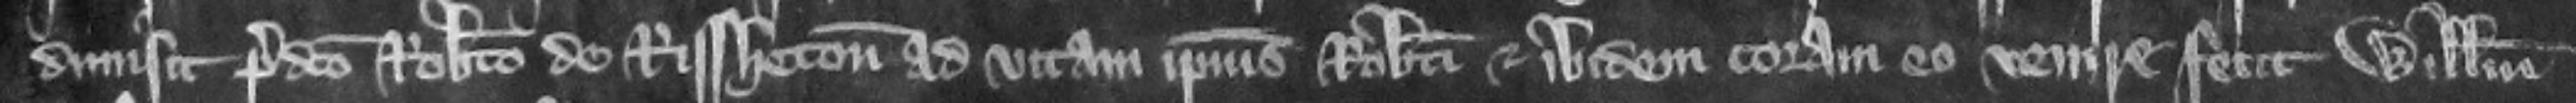
dimisit predicto Roberto de Rissheton ad vitam ipsius Roberti et ibidem coram eo venire fecit Willelmum